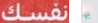
نفسك بها